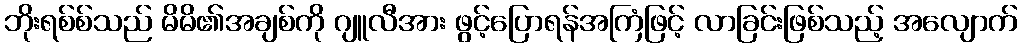
ဘိုးရစ်စ်သည် မိမိ၏အချစ်ကို ဂျူလီအား ဖွင့်ပြောရန်အကြံဖြင့် လာခြင်းဖြစ်သည့် အလျောက်